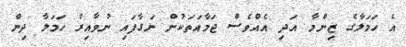
އެ ހަމަލާގެ ޒިންމާ އަދި އެއްވެސް ޖަމާއަތަކުން ނަގާފައި ނުވާއިރު ހަމަލާ ދިން